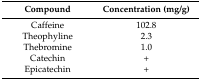
| Compound | Concentration (mg/g) |
 | --- | --- |
 | Caffeine | 102.8 |
 | Theophyline | 2.3 |
 | Thebromine | 1.0 |
 | Catechin | + |
 | Epicatechin | + |